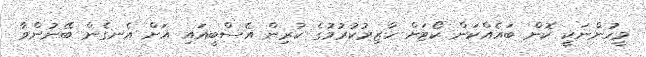
މީހުންނަކީ ކޮން ބައެއްކަން ކޯޓަށް ހާޒިރުކުރުމުގެ ކުރިން އެސްބީއައި އަށް އެނގެން ބޭނުންވާ